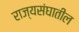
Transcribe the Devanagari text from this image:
राज्यसंघातील